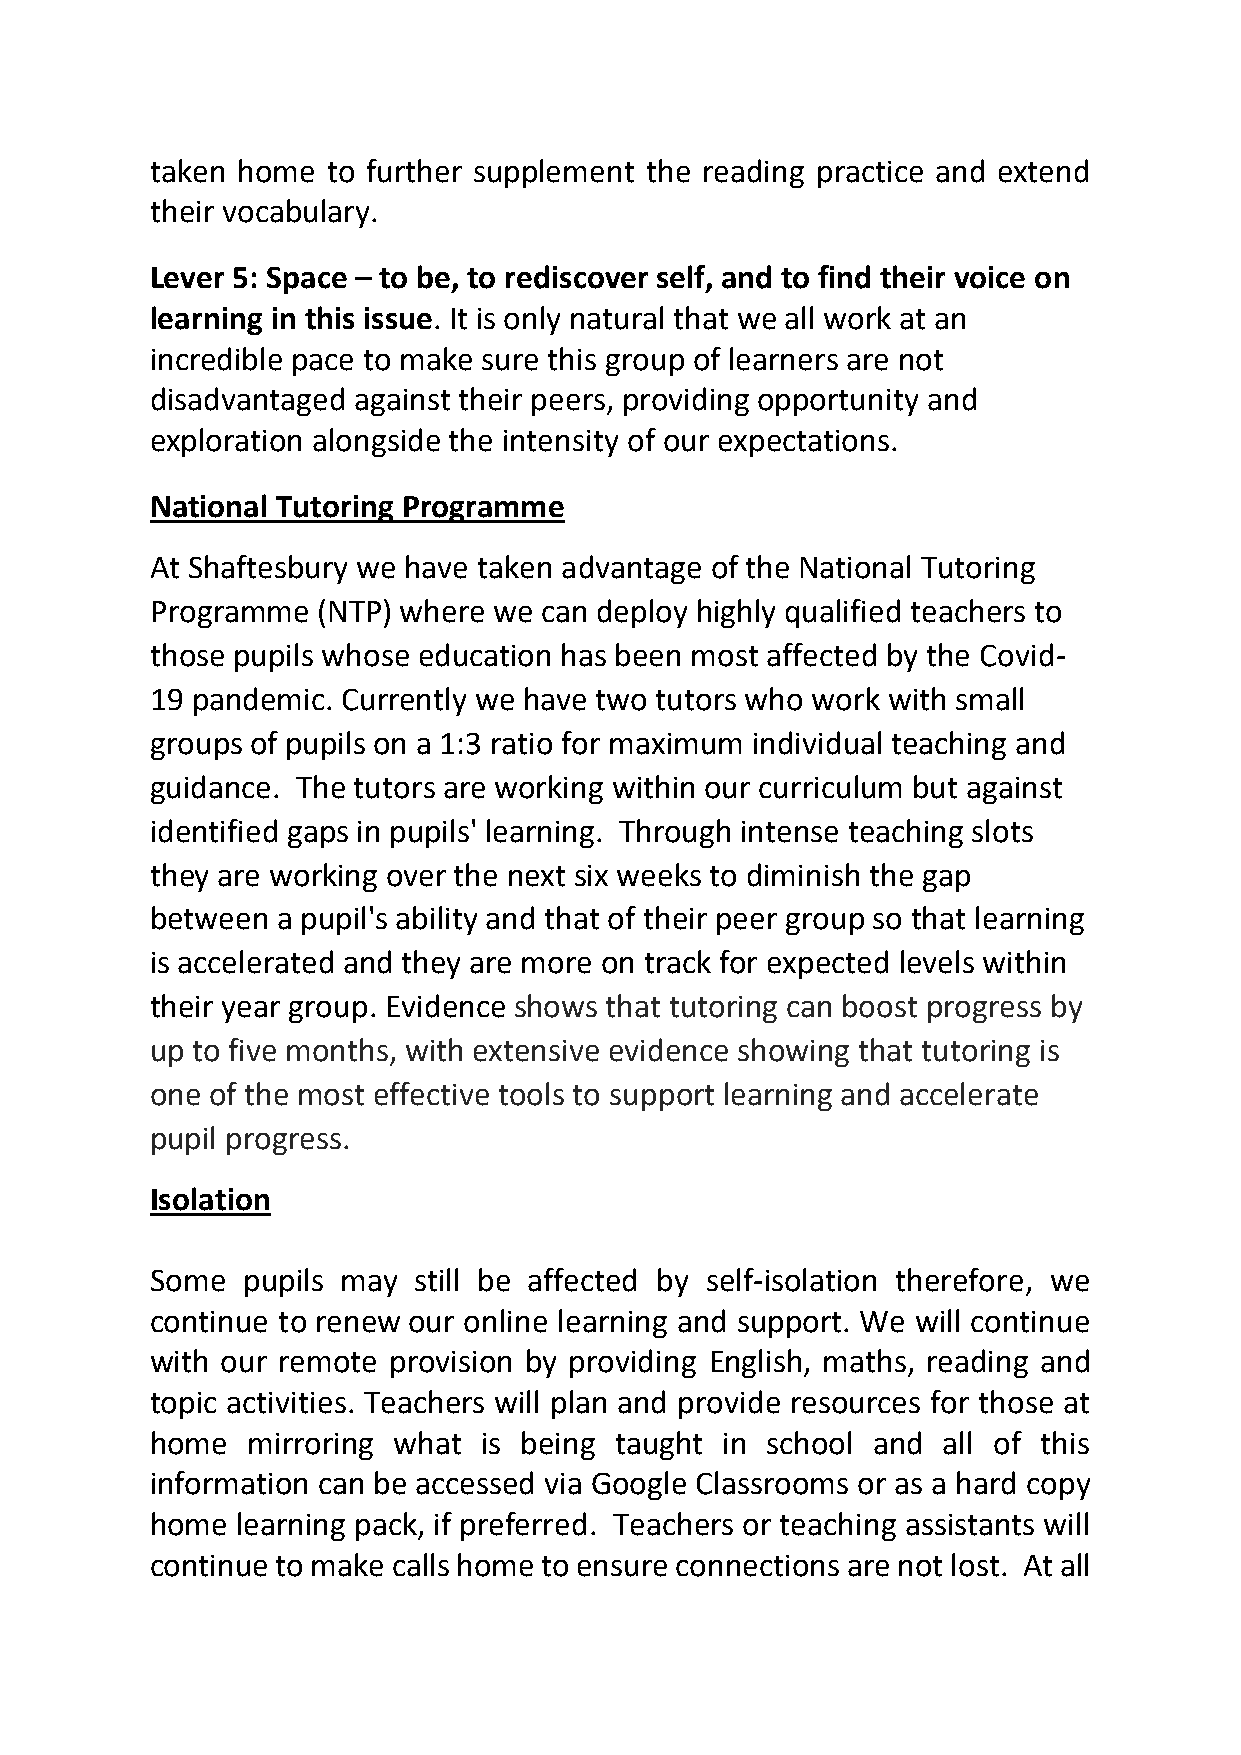
taken home  to further supplement the reading practice and extend
 their vocabulary.
 Lever 5: Space – to be, to rediscover self, and to find their voice on
 learning in this issue. It is only natural that we all work at an
 incredible pace to make sure this group of learners are not
 disadvantaged against their peers, providing opportunity and
 exploration alongside the intensity of our expectations.
 National Tutoring Programme
 At Shaftesbury we have taken advantage of the National Tutoring
 Programme  (NTP) where we can deploy highly qualified teachers to
 those pupils whose education has been most affected by the Covid-
 19 pandemic. Currently we have two tutors who work with small
 groups of pupils on a 1:3 ratio for maximum individual teaching and
 guidance. The tutors are working within our curriculum but against
 identified gaps in pupils' learning. Through intense teaching slots
 they are working over the next six weeks to diminish the gap
 between a pupil's ability and that of their peer group so that learning
 is accelerated and they are more on track for expected levels within
 their year group. Evidence shows that tutoring can boost progress by
 up to five months, with extensive evidence showing that tutoring is
 one of the most effective tools to support learning and accelerate
 pupil progress.
 Isolation
 Some  pupils may still be affected by self-isolation therefore, we
 continue to renew our online learning and support. We will continue
 with our remote provision by providing English, maths, reading and
 topic activities. Teachers will plan and provide resources for those at
 home  mirroring what  is being taught in school and all of this
 information can be accessed via Google Classrooms or as a hard copy
 home  learning pack, if preferred. Teachers or teaching assistants will
 continue to make calls home to ensure connections are not lost. At all